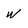
Character: w